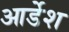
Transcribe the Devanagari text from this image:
आर्डेश